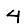
Digit: 4